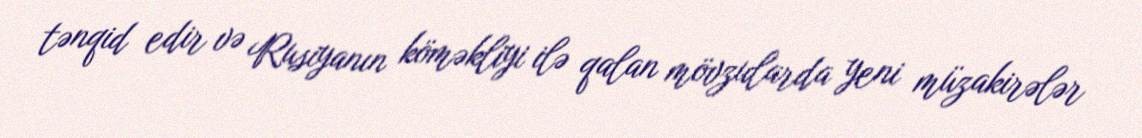
tənqid edir və Rusiyanın köməkliyi ilə qalan mövzularda yeni müzakirələr